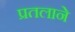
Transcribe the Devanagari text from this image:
प्रतलाने